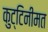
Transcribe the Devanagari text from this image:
कुट्टिनीमत